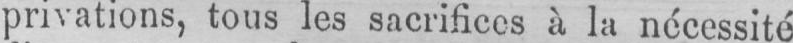
privations, tous les sacrifices à la nécessité